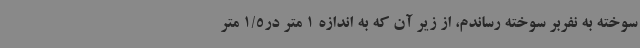
سوخته به نفربر سوخته رساندم، از زیر آن که به اندازه 1 متر در1/5 متر